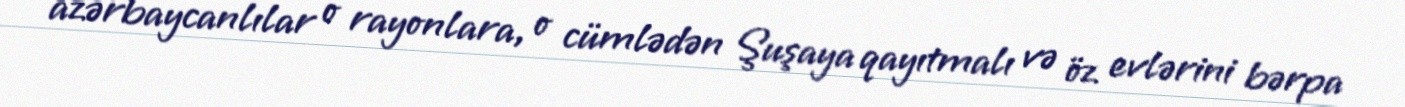
azərbaycanlılar o rayonlara, o cümlədən Şuşaya qayıtmalı və öz evlərini bərpa